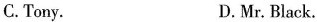
C. Tony. D. Mr. Black.